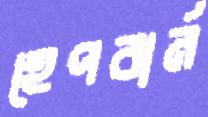
হেপবার্ন